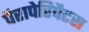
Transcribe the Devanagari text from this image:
पैरापेरिपैटस